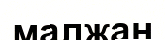
малжан